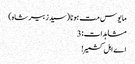
مایوس مت ہونا (سید زبیر شاہ)
مشاہدات: 3
اے اہل کشمیر !